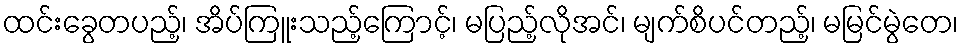
ထင်းခွေတပည့်၊ အိပ်ကြူးသည့်ကြောင့်၊ မပြည့်လိုအင်၊ မျက်စိပင်တည့်၊ မမြင်မွဲတေ၊